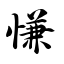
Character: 慊